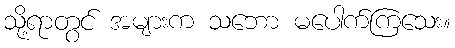
သို့ရာတွင် အများက သဘော မပေါက်ကြသေး။